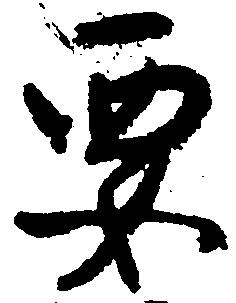
要